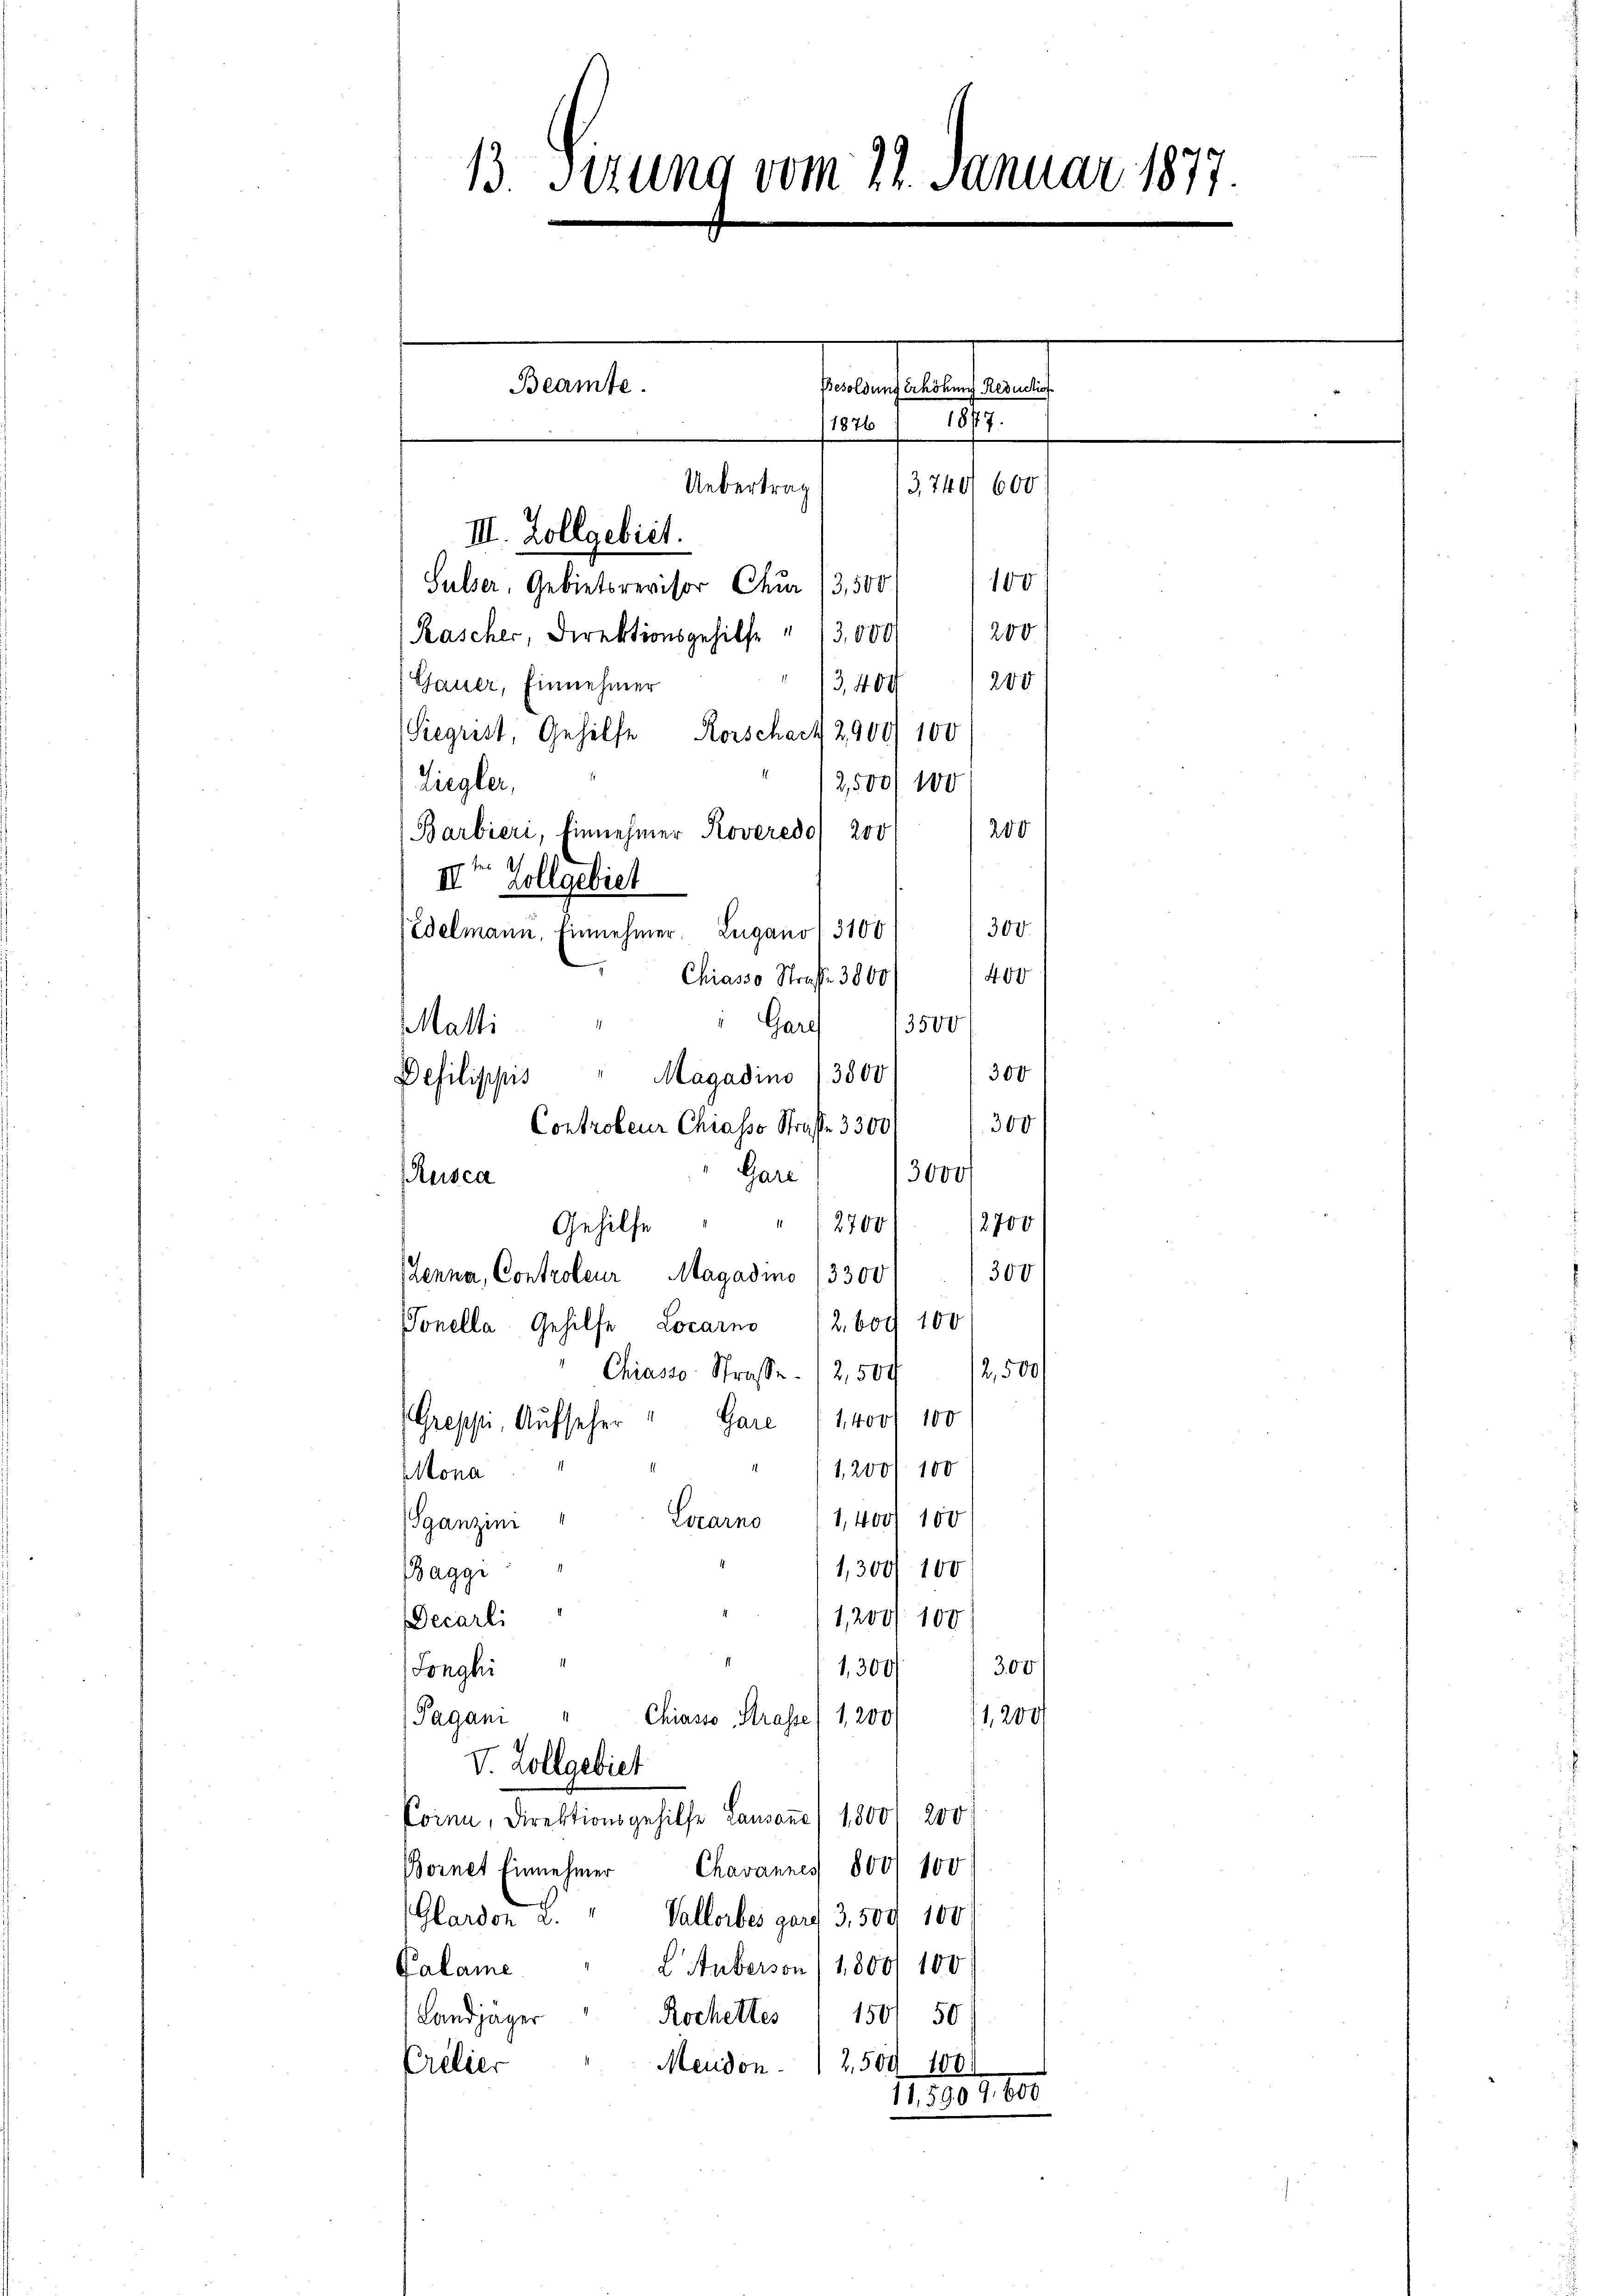
"Gares 13500
300
30000
300
Gare (1400 f 100
1,200/100
Mona
Locarno 1,4001 100
Sganzini
1,3001 100
agge
Decarli
1,200/100
1,300/300
Longhi
Chiasso, Strasse (1,200
1,200/
Pagani
V. Zollgebiet
Coinn, Direktionsgehilfe Lausanne) 1,800/ 200
Bornet Einnehmer Chavannes 18001 100
Glardon u. " Vallorbes gard 3,500 100
Calame  "  Huberson (1800 100
150/ 50)
Rochettes
Landjäger
Meudon 12,500 100
Crelier
11,5909. 600

13. Setung vom 22. Januar 1877.
Beamte.
enfelstan
1826 (1877.
Uebertrag
III. Zollgebiet.
100
Sulser, Gebietsrevisor Chur (3,500
200
Rascher, Direktionsgehilfe " 13,000
3,400/200
Gauer, Einnehmer
Siegrist, Gehilfe Rorschach 2900) 100
2,500/100
Ziegler,
Barbieri, Einnehmer Roveredo 200 / 200
7t Zollgebiet
300.
Edelmann, Einnehmer. Lugano. 3100

Rusca

Malli
Dehilippis
Controleur Chiasso Strafe 3300)
Gare
Gehilfe " " 2700. 12700
Penna, Controleur Magadmo 13300
Tonella, Gehilfe Locarno (260. 100
Chiasso Strasse. 12,509/ 12,500
Gressei, Aufseher

Chiasso Strafe 3800
Magadino (3800/ 1300

/3, 740 600.

400